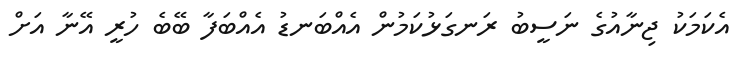
އެކަމަކު ޖިނާއުގެ ނަސީބު ރަނގަޅުކަމުން އެއްބަނޑު އެއްބަފާ ބޭބެ ހުރީ އޭނާ އަށް